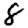
Digit: 8